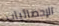
الإحصائيات